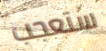
ستعجب